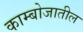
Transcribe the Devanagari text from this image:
काम्बोजातील